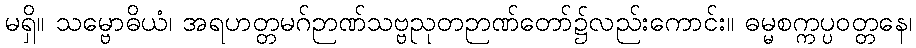
မရှိ။ သမ္ဗောဓိယံ၊ အရဟတ္တမဂ်ဉာဏ်သဗ္ဗညုတဉာဏ်တော်၌လည်းကောင်း။ ဓမ္မစက္ကပ္ပဝတ္တနေ၊